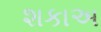
શકાઅ